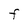
Character: F